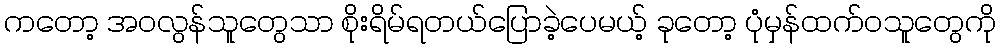
ကတော့ အဝလွန်သူတွေသာ စိုးရိမ်ရတယ်ပြောခဲ့ပေမယ့် ခုတော့ ပုံမှန်ထက်ဝသူတွေကို